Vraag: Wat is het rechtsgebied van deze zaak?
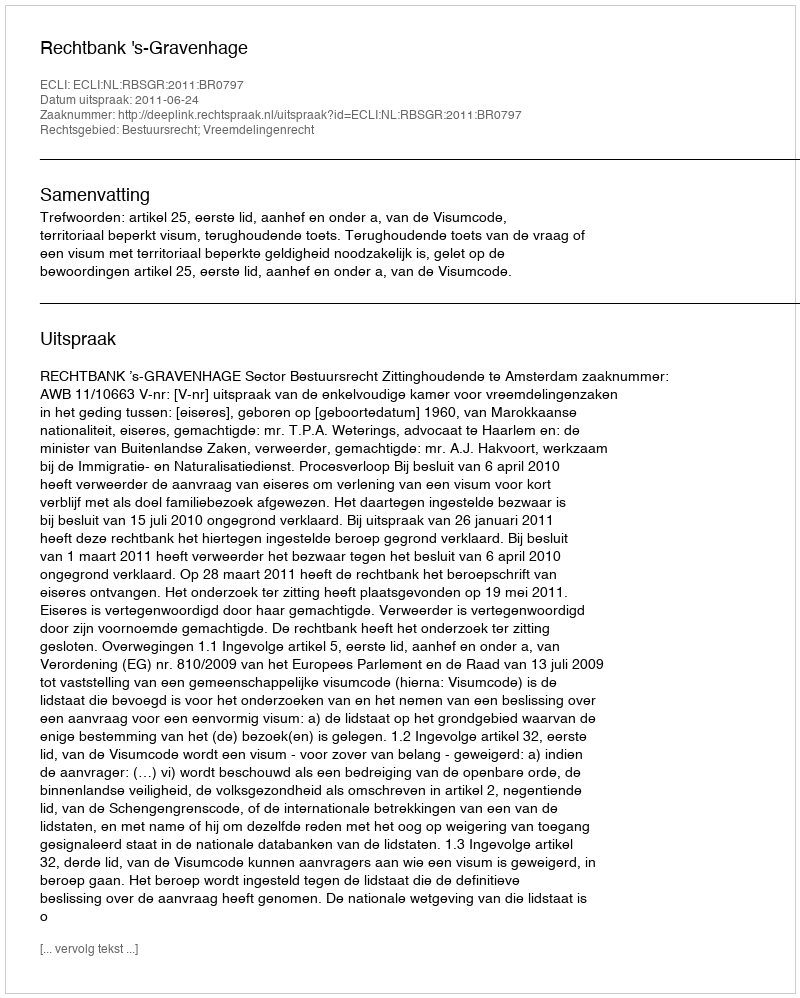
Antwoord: Bestuursrecht; Vreemdelingenrecht